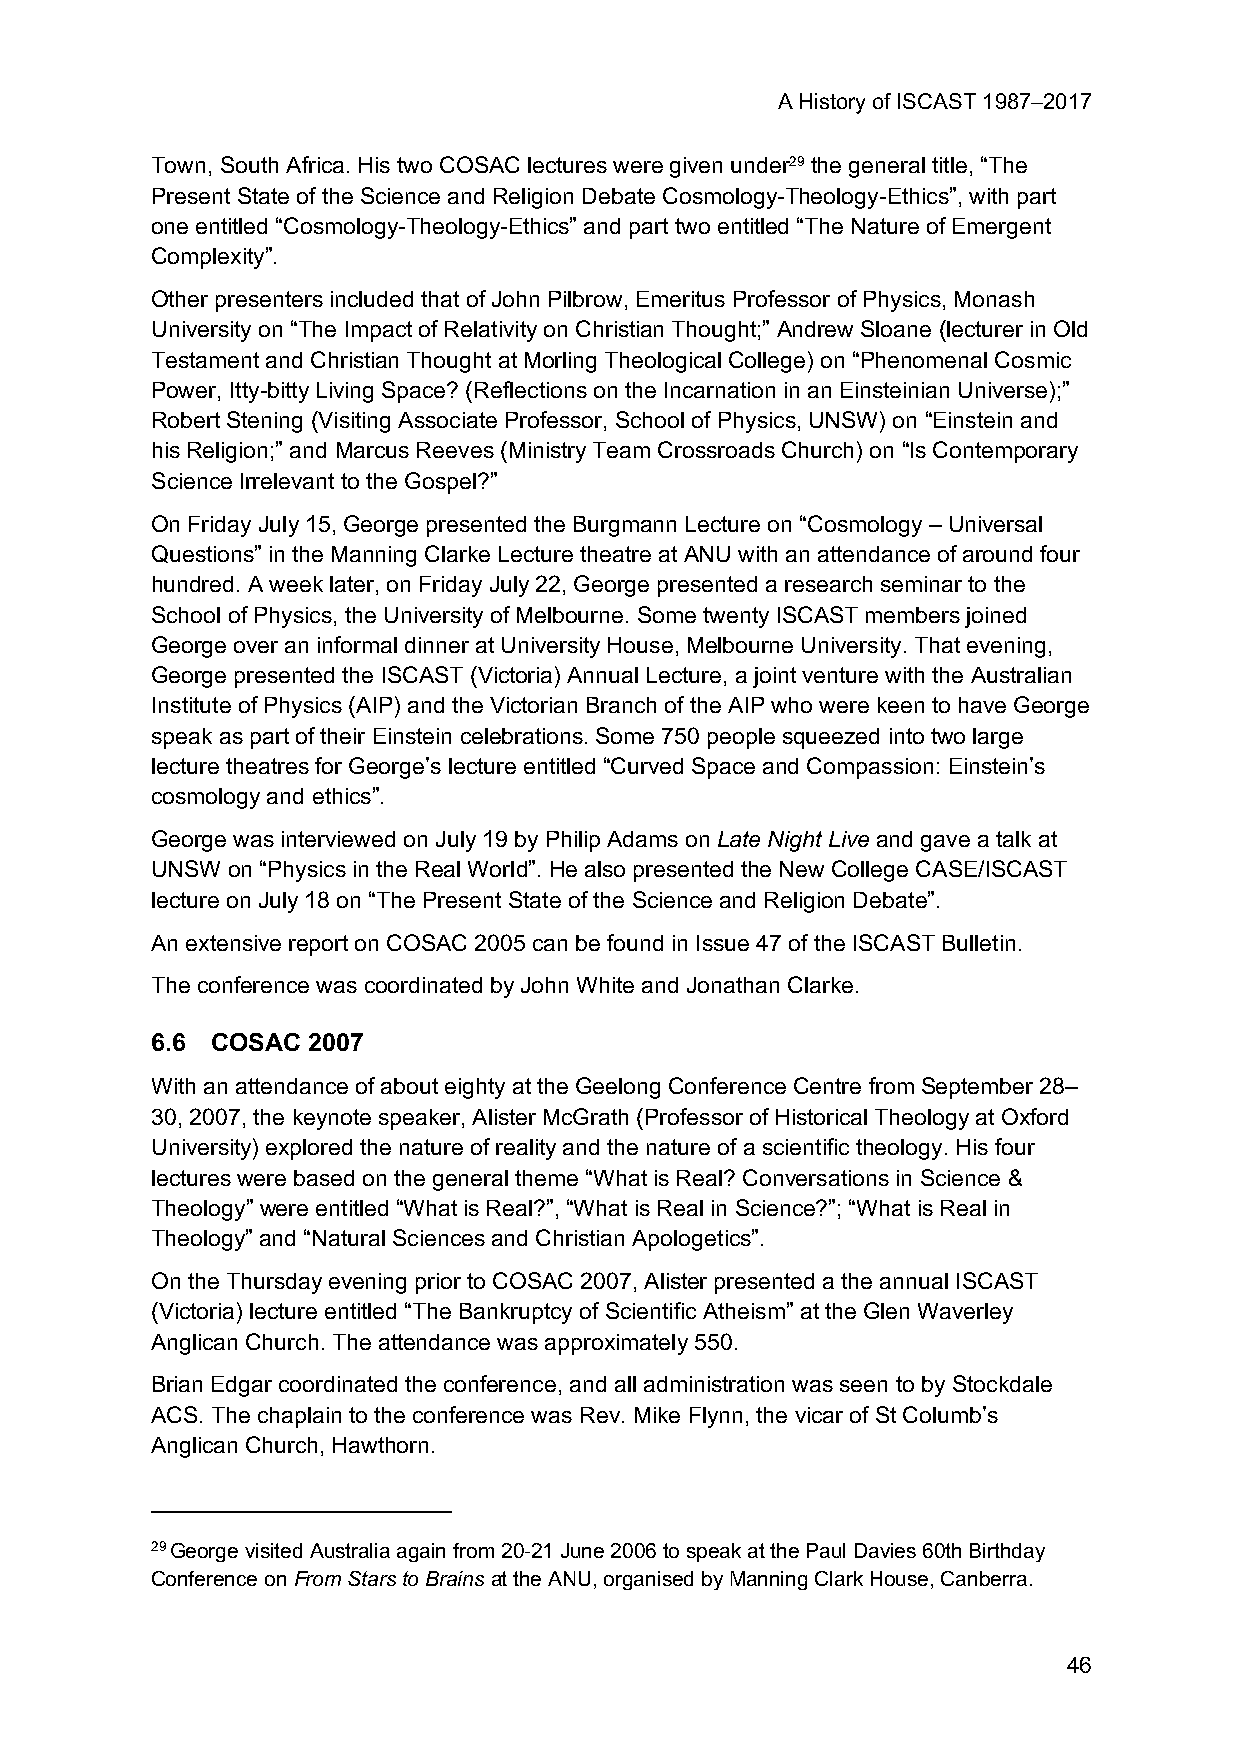
A History of ISCAST 1987–2017
 Town, South Africa. His two COSAC lectures were given under29 the general title, “The
 Present State of the Science and Religion Debate Cosmology-Theology-Ethics”, with part
 one entitled “Cosmology-Theology-Ethics” and part two entitled “The Nature of Emergent
 Complexity”.
 Other presenters included that of John Pilbrow, Emeritus Professor of Physics, Monash
 University on “The Impact of Relativity on Christian Thought;” Andrew Sloane (lecturer in Old
 Testament and Christian Thought at Morling Theological College) on “Phenomenal Cosmic
 Power, Itty-bitty Living Space? (Reflections on the Incarnation in an Einsteinian Universe);”
 Robert Stening (Visiting Associate Professor, School of Physics, UNSW) on “Einstein and
 his Religion;” and Marcus Reeves (Ministry Team Crossroads Church) on “Is Contemporary
 Science Irrelevant to the Gospel?”
 On Friday July 15, George presented the Burgmann Lecture on “Cosmology – Universal
 Questions” in the Manning Clarke Lecture theatre at ANU with an attendance of around four
 hundred. A week later, on Friday July 22, George presented a research seminar to the
 School of Physics, the University of Melbourne. Some twenty ISCAST members joined
 George over an informal dinner at University House, Melbourne University. That evening,
 George presented the ISCAST (Victoria) Annual Lecture, a joint venture with the Australian
 Institute of Physics (AIP) and the Victorian Branch of the AIP who were keen to have George
 speak as part of their Einstein celebrations. Some 750 people squeezed into two large
 lecture theatres for George’s lecture entitled “Curved Space and Compassion: Einstein’s
 cosmology and ethics”.
 George was interviewed on July 19 by Philip Adams on Late Night Live and gave a talk at
 UNSW on “Physics in the Real World”. He also presented the New College CASE/ISCAST
 lecture on July 18 on “The Present State of the Science and Religion Debate”.
 An extensive report on COSAC 2005 can be found in Issue 47 of the ISCAST Bulletin.
 The conference was coordinated by John White and Jonathan Clarke.
 6.6 COSAC 2007
 With an attendance of about eighty at the Geelong Conference Centre from September 28–
 30, 2007, the keynote speaker, Alister McGrath (Professor of Historical Theology at Oxford
 University) explored the nature of reality and the nature of a scientific theology. His four
 lectures were based on the general theme “What is Real? Conversations in Science &
 Theology” were entitled “What is Real?”, “What is Real in Science?”; “What is Real in
 Theology” and “Natural Sciences and Christian Apologetics”.
 On the Thursday evening prior to COSAC 2007, Alister presented a the annual ISCAST
 (Victoria) lecture entitled “The Bankruptcy of Scientific Atheism” at the Glen Waverley
 Anglican Church. The attendance was approximately 550.
 Brian Edgar coordinated the conference, and all administration was seen to by Stockdale
 ACS. The chaplain to the conference was Rev. Mike Flynn, the vicar of St Columb’s
 Anglican Church, Hawthorn.
 29 George visited Australia again from 20-21 June 2006 to speak at the Paul Davies 60th Birthday
 Conference on From Stars to Brains at the ANU, organised by Manning Clark House, Canberra.
 46